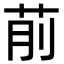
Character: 𦮯